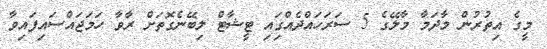
މީގެ އިތުރުން މާދަމާ މާލޭގެ 5 ސަރަހައްދެއްގަިއި ޓީޝާޓް ލިބޭނެގޮތަށް ރާވާ ހަމަޖައްސައިފައިވާ